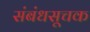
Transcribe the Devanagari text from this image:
संबंधसूचक